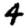
Digit: 4